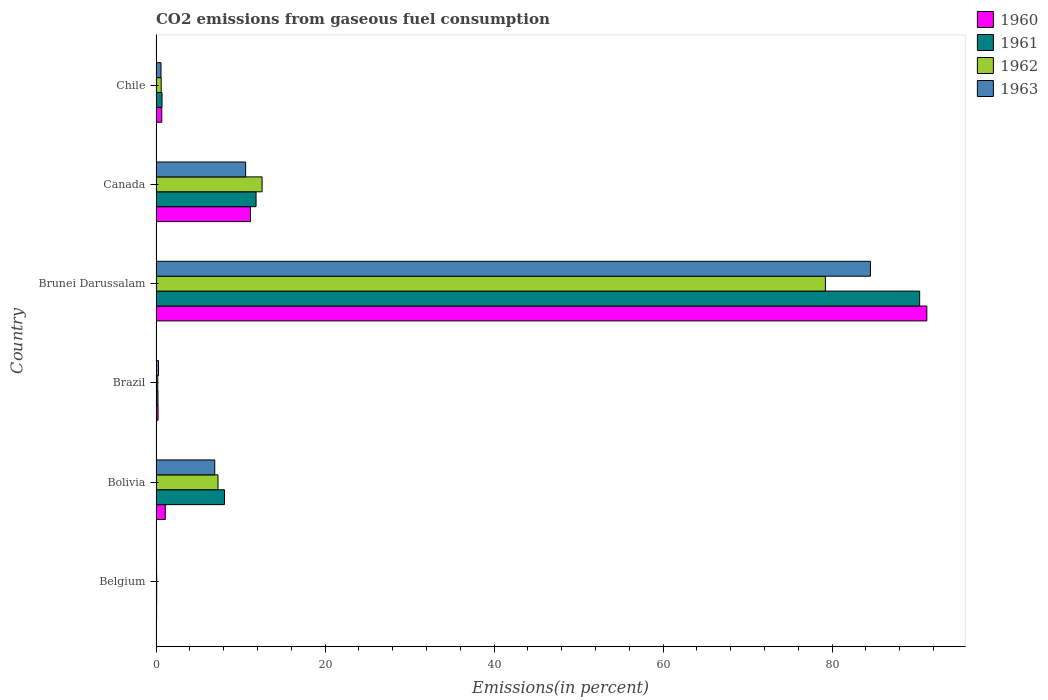
| Country | 1960 | 1961 | 1962 | 1963 |
 | --- | --- | --- | --- | --- |
 | Belgium | 0.0685 | 0.0751 | 0.0785 | 0.0659 |
 | Bolivia | 1.09 | 8.1 | 7.33 | 6.95 |
 | Brazil | 0.242 | 0.231 | 0.205 | 0.297 |
 | Brunei Darussalam | 91.2 | 90.4 | 79.2 | 84.5 |
 | Canada | 11.2 | 11.8 | 12.5 | 10.6 |
 | Chile | 0.68 | 0.709 | 0.614 | 0.592 |